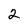
Character: 2